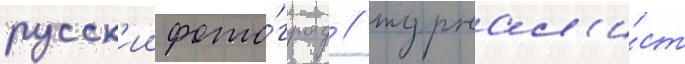
русск'ии фото́граф / журнал'и́ст